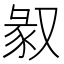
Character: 𠭣